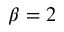
\beta = 2